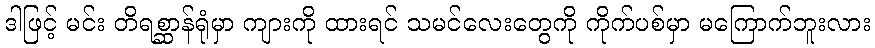
ဒါဖြင့် မင်း တိရစ္ဆာန်ရုံမှာ ကျားကို ထားရင် သမင်လေးတွေကို ကိုက်ပစ်မှာ မကြောက်ဘူးလား